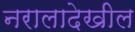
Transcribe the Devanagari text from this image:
नरालादेखील